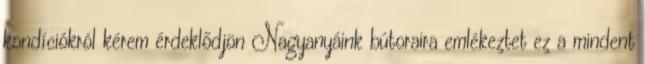
kondíciókról kérem érdeklődjön Nagyanyáink bútoraira emlékeztet ez a mindent